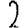
Digit: 2